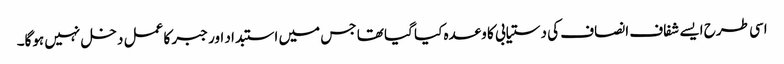
اسی طرح ایسے شفاف انصاف کی دستیابی کا وعدہ کیا گیا تھا جس میں استبداد اور جبر کا عمل دخل نہیں ہوگا۔